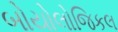
બોયોલોજિકલ